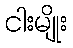
ငါးမျိုး